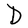
Character: D